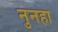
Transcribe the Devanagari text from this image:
नुनहा